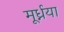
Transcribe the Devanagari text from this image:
मूर्ध्नया